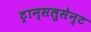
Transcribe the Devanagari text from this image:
ट्रान्सलुसेन्ट